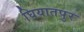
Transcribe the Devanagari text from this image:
घियातपुर